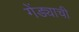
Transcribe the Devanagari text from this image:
गेंड्याची